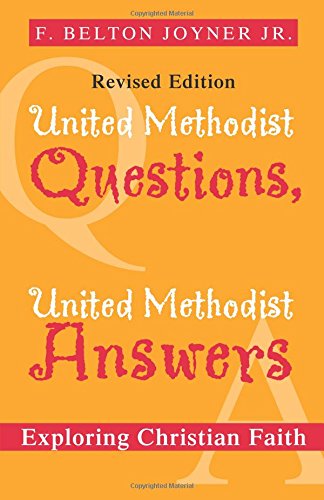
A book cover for United Methodist Questions, United Methodist Answers, Revised Edition: Exploring Christian Faith; Belton Joyner; Christian Books & Bibles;